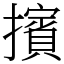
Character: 擯